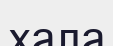
хала